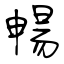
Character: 暢